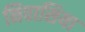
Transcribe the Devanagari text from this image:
निवासिया